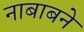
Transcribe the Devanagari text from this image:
नाबाबने